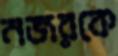
নজরকে